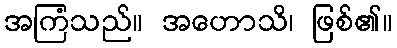
အကြံသည်။ အဟောသိ၊ ဖြစ်၏။